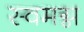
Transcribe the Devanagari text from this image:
स्वमग्न